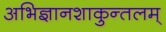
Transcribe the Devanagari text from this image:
अभिज्ञानशाकुन्तलम्‌